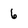
Character: 6